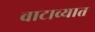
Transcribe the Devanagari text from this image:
वाटाव्यात